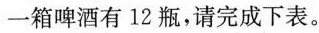
一箱啤酒有12瓶，请完成下表。